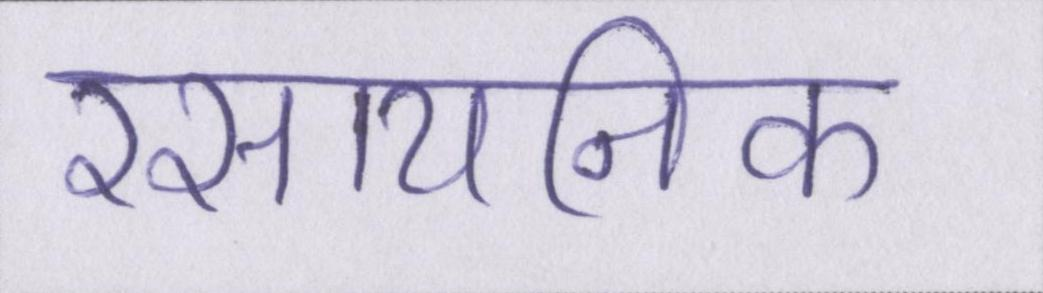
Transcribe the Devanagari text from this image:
रसायनिक